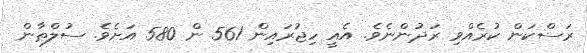
ރަސްކަން ކުރެއްވި ރަދުންނެވެ. އެއީ ހިޖުރައިން 561 ން 580 އަށެވެ. ސުލްޠާން